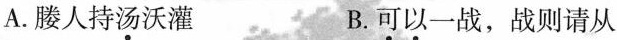
A.媵人持\underset{·}{汤}沃灌 B. \underset{·}{可}\underset{·}{以}一战，战则请从